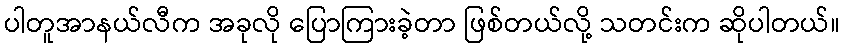
ပါတူအာနယ်လီက အခုလို ပြောကြားခဲ့တာ ဖြစ်တယ်လို့ သတင်းက ဆိုပါတယ်။